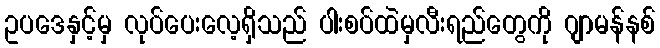
ဥပဒေနှင့်မှ လုပ်ပေးလေ့ရှိသည် ပါးစပ်ထဲမှလီးရည်တွေကို ဂျာမန်နစ်